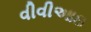
વીવીઆઇ